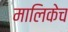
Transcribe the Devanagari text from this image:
मालिकेच